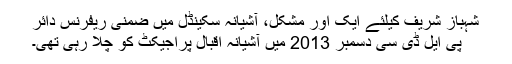
شہباز شریف کیلئے ایک اور مشکل، آشیانہ سکینڈل میں ضمنی ریفرنس دائر
پی ایل ڈی سی دسمبر 2013 میں آشیانہ اقبال پراجیکٹ کو چلا رہی تھی۔